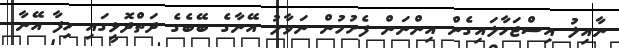
ނާއިލު އިސްޖަހާލައިގެން އިންނަން ފެށުމުން ނަވާލު އޭނާގެ ބޭބެގެ ދަތްދޮޅީގައި ހިފާ އޭނާ